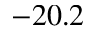
- 2 0 . 2